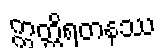
ဣတ္ထိရတနဿ